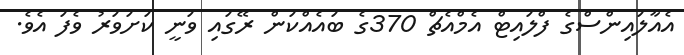
އެއާލައިންސްގެ ފްލައިޓް އެމްއެޗް 370ގެ ބައެއްކަން ރޭގައި ވަނީ ކަށަވަރު ވެފަ އެވެ.